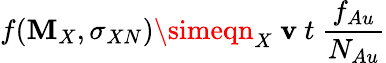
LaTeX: f(\mathbf{M}_{X},\sigma_{XN})\simeqn_{X}\ \mathbf{v}\ t\ \frac{{f_{Au}}}{{N_{Au}}}